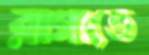
রাগাতে